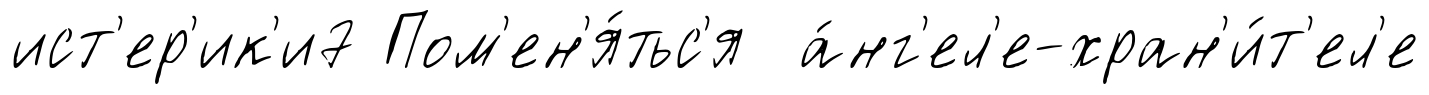
ист'ер'ик'и7 Пом'ен'я́тьс'я а́нг'ел'е-хран'и́т'ел'е